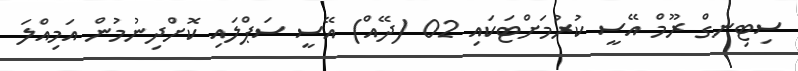
ސިޓިނގް ރޫމް އޭސީ ކުރުމަށްޓަކައި 02 (ދޭއް) އޭސީ ސަޕްލައި ކޮށްދިނުމުން އަމިއްލަ